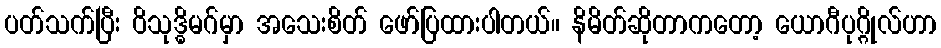
ပတ်သက်ပြီး ဝိသုဒ္ဓိမဂ်မှာ အသေးစိတ် ဖော်ပြထားပါတယ်။ နိမိတ်ဆိုတာကတော့ ယောဂီပုဂ္ဂိုလ်ဟာ